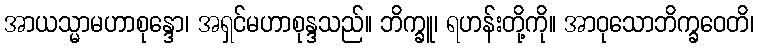
အာယသ္မာမဟာစုန္ဒော၊ အရှင်မဟာစုန္ဒသည်။ ဘိက္ခူ၊ ရဟန်းတို့ကို။ အာဝုသောဘိက္ခဝေတိ၊